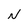
Character: N